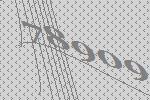
78909